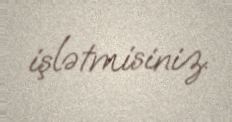
işlətmisiniz.